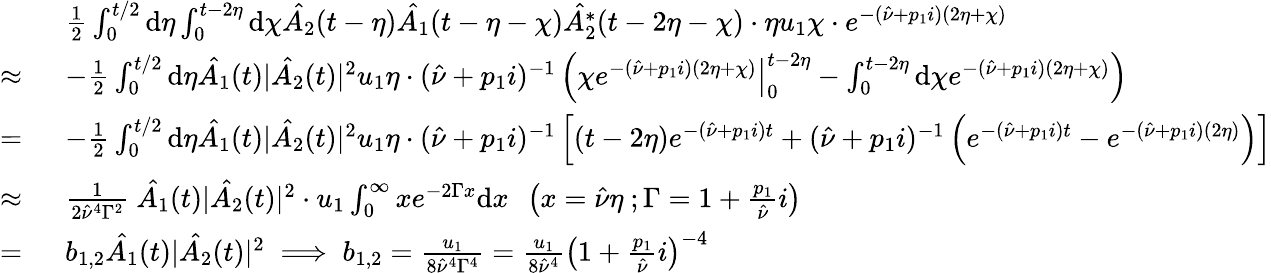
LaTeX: \begin{array}{rl}&{\frac{1}{2}\int_{0}^{t/2}\mathrm{d}\eta\int_{0}^{t-2\eta}\mathrm{d}\chi\hat{A_{2}}(t-\eta)\hat{A_{1}}(t-\eta-\chi)\hat{A_{2}^{*}}(t-2\eta-\chi)\cdot\eta u_{1}\chi\cdot e^{-(\hat{\nu}+p_{1}i)(2\eta+\chi)}}\\ {\approx\ }&{-\frac{1}{2}\int_{0}^{t/2}\mathrm{d}\eta\hat{A_{1}}(t)|\hat{A_{2}}(t)|^{2}u_{1}\eta\cdot(\hat{\nu}+p_{1}i)^{-1}\left(\left.\chi e^{-(\hat{\nu}+p_{1}i)(2\eta+\chi)}\right|_{0}^{t-2\eta}-\int_{0}^{t-2\eta}\mathrm{d}\chi e^{-(\hat{\nu}+p_{1}i)(2\eta+\chi)}\right)}\\ {=\ }&{-\frac{1}{2}\int_{0}^{t/2}\mathrm{d}\eta\hat{A_{1}}(t)|\hat{A_{2}}(t)|^{2}u_{1}\eta\cdot(\hat{\nu}+p_{1}i)^{-1}\left[(t-2\eta)e^{-(\hat{\nu}+p_{1}i)t}+(\hat{\nu}+p_{1}i)^{-1}\left(e^{-(\hat{\nu}+p_{1}i)t}-e^{-(\hat{\nu}+p_{1}i)(2\eta)}\right)\right]}\\ {\approx\ }&{\frac{1}{2\hat{\nu}^{4}\Gamma^{2}}\ \hat{A_{1}}(t)|\hat{A_{2}}(t)|^{2}\cdot u_{1}\int_{0}^{\infty}xe^{-2\Gamma x}\mathrm{d}x\ \ \left(x=\hat{\nu}\eta\ ;\Gamma=1+\frac{p_{1}}{\hat{\nu}}i\right)}\\ {=\ }&{b_{1,2}\hat{A_{1}}(t)|\hat{A_{2}}(t)|^{2}\implies b_{1,2}=\frac{u_{1}}{8\hat{\nu}^{4}\Gamma^{4}}=\frac{u_{1}}{8\hat{\nu}^{4}}\left(1+\frac{p_{1}}{\hat{\nu}}i\right)^{-4}}\end{array}